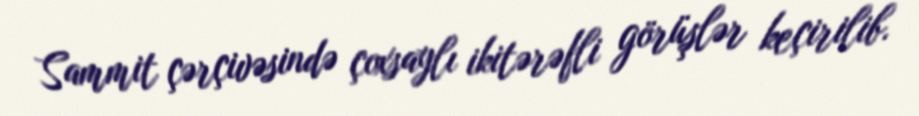
Sammit çərçivəsində çoxsaylı ikitərəfli görüşlər keçirilib.